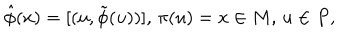
LaTeX: \hat { \phi } ( x ) = [ ( u , \tilde { \phi } ( u ) ) ] , \, \pi ( u ) = x \in M , \, u \in P ,